Annual returns of the Patna Lunatic Asylum at Bankipore in Bihar and Orissa - 1912-1924
Year: 1912
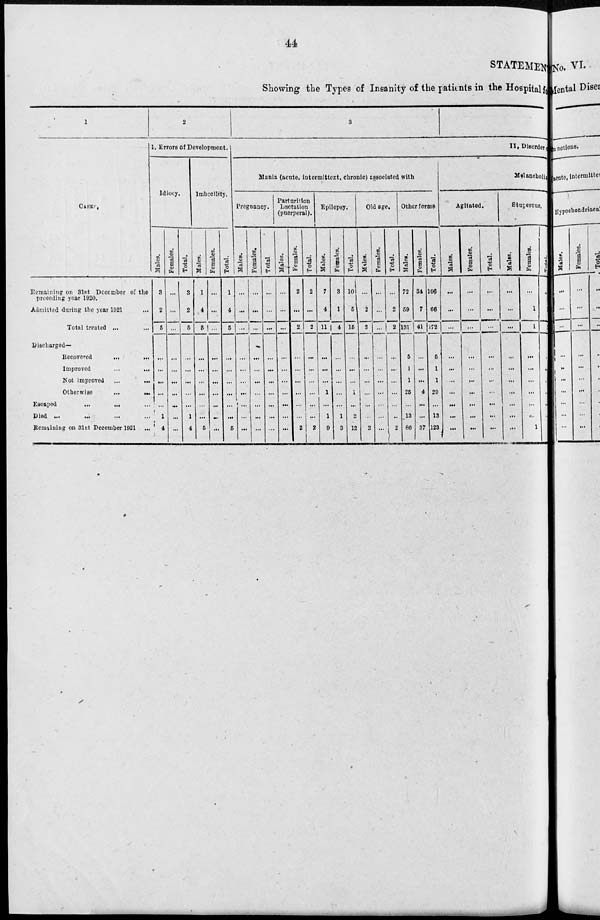
44
STATEMENT
Showing the Types of Insanity of the patients in the Hospital for
1
CASES.
Remaining on 31st December of the
preceding year 1920.
Admitted during the year 1921 ...
Total treated ... ...
Discharged—
Recovered
...
...
Improved ... ...
Not improved
...
...
Otherwise
...
...
Escaped
...
...
Died ...
...
Remaining on 31st December 1921 ...
2
1. Errors of Development.
Idiocy.
Males.
3
2
5
...
...
...
...
...
1
4
Females.
...
...
...
...
...
...
...
...
...
...
Total.
3
2
5
...
...
...
...
...
1
4
Imbecility.
Males.
1
4
5
...
...
...
...
...
...
5
Females.
...
...
...
...
...
...
...
...
...
...
Total.
1
4
5
...
...
...
...
...
...
5
3
II. Disorder of
Mania (acute, intermittent, chronic) associated with
Pregnancy.
Males.
...
...
...
...
...
...
...
...
...
...
Females.
...
...
...
...
...
...
...
...
...
...
Total.
...
...
...
...
...
...
...
...
...
...
Parturition
Lactation
(puerperal).
Males.
...
...
...
...
...
...
...
...
...
...
Females.
2
...
2
...
...
...
...
...
...
2
Total.
2
...
2
...
...
...
...
...
...
2
Epilepsy.
Males.
7
4
11
...
...
...
1
...
1
9
Females.
3
1
4
...
...
...
...
...
1
3
Total.
10
5
15
...
...
...
1
...
2
12
Old age.
Males.
...
2
2
...
...
...
...
...
...
2
Females.
...
...
...
...
...
...
...
...
...
...
Total.
...
2
2
...
...
...
...
...
...
2
Other forms
Males.
72
59
131
5
1
1
25
...
13
86
Females.
34
7
41
...
...
...
4
...
...
37
Total.
106
66
172
5
1
1
29
...
13
123
Melancholia
Agitated.
Males.
...
...
...
...
...
...
...
...
...
...
Females.
...
...
...
...
...
...
...
...
...
...
Total.
...
...
...
...
...
...
...
...
...
...
Stuperous.
Males.
...
...
...
...
...
...
...
...
...
...
Females.
...
1
1
...
...
...
...
...
...
1
Total.
...
1
1
...
...
...
...
...
...
1